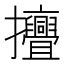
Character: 𱡔